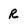
Character: r